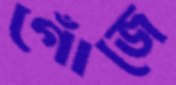
গোঁজে